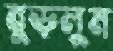
বুড়লুম